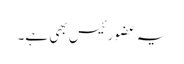
یہ عضو رئیس بھی ہے۔